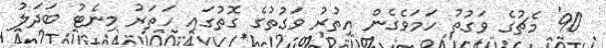
90' މެޗުގެ ވަގުތު ހަމަވެގެން އިތުރު ވަގުތުގެ ގޮތުގައި ހަތަރު މިނެޓު ބަދަލު